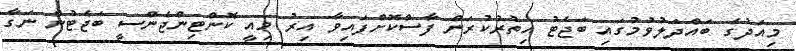
މިއަދުގެ ބައްދަލުވުމުގައި ބަޖެޓު އިތުރުކުރަން ފާސްކޮށްފައިވާ އިރު މިއީ ކޮންޓިންޖެންސީ ބަޖެޓުން ނަގާ